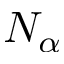
N _ { \alpha }